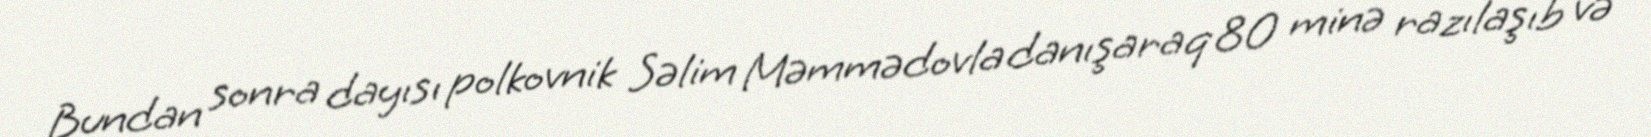
Bundan sonra dayısı polkovnik Səlim Məmmədovla danışaraq 80 minə razılaşıb və